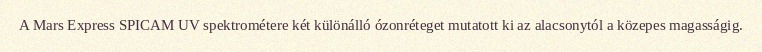
A Mars Express SPICAM UV spektrométere két különálló ózonréteget mutatott ki az alacsonytól a közepes magasságig.